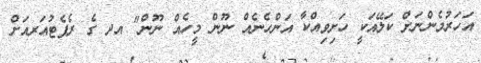
އަހަރުމެންނަށް ކަލޭއަކީ ހަށިވިއްކާ އަންހެނެއް ނޫން މީހެއް ނޫން" އދ ގެ ރެޕެޓުއަރއަށް